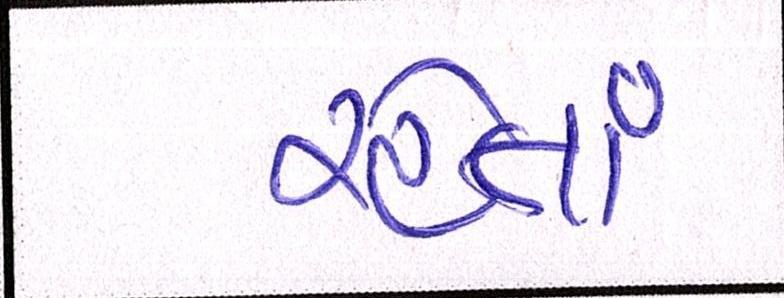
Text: રહેતાં